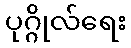
ပုဂ္ဂိုလ်ရေး